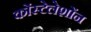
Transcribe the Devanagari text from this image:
कोंस्टेलेशोंन